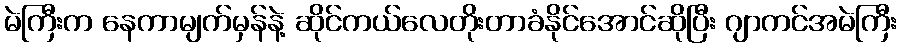
မဲကြီးက နေကာမျက်မှန်နဲ့ ဆိုင်ကယ်လေတိုးတာခံနိုင်အောင်ဆိုပြီး ဂျာကင်အမဲကြီး